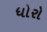
ધોરો